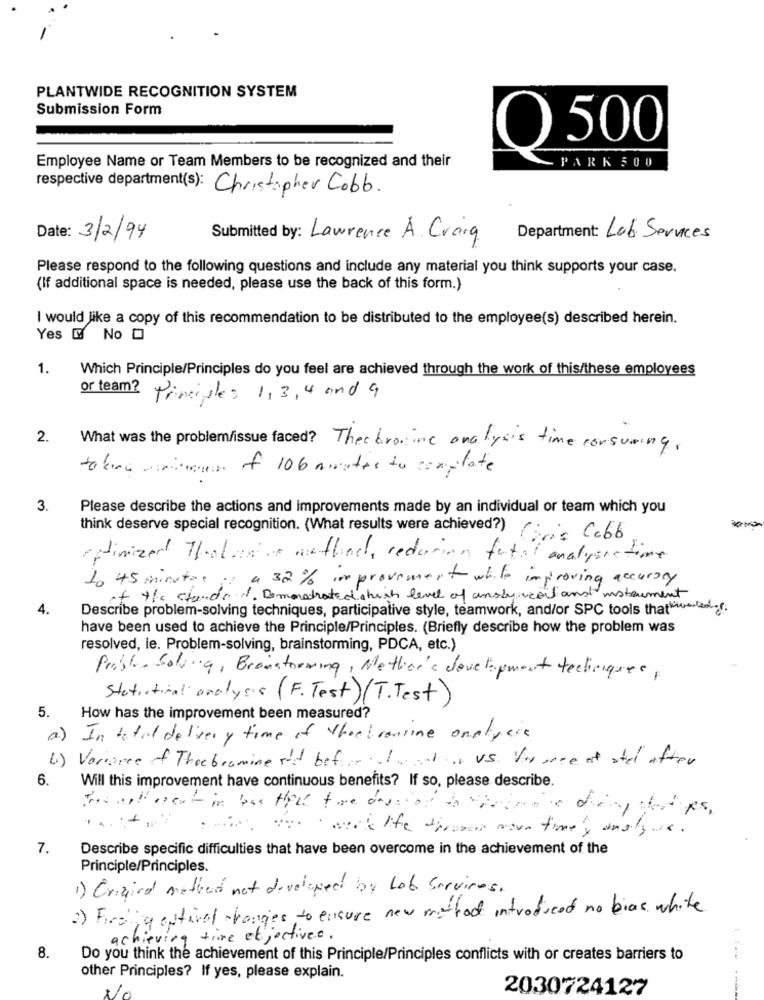
PLANTWIDE RECOGNITION SYSTEM
Submission Form
Q500
PARK 500
Employee Name or Team Members to be recognized and their
respective department(s): Christopher Cobb.
Date: 3/2/94
Submitted by: Lawrence A. Craig
Department: Lob Services
Please respond to the following questions and include any material you think supports your case.
(If additional space is needed, please use the back of this form.)
I would like a copy of this recommendation to be distributed to the employee(s) described herein.
Yes No O
1.
Which Principle/Principles do you feel are achieved through the work of this/these employees
or team?
Principles 1,3,4 and 9
2.
What was the problem/issue faced? Theobromine analysis time consuming.
to kina minimum of 106 minutes to complete
3.
Please describe the actions and improvements made by an individual or team which you
think deserve special recognition. (What results were achieved?) Cobb
retinizer Tholive method, reduction fatal analyseations
to 45 minutos ;
a 32% improvement white improving accuracy
of the stands 1. Demonstrated shish level of ansby call and instrument
4.
Describe problem-solving techniques, participative style, teamwork, and/or SPC tools thati-las.(.
have been used to achieve the Principle/Principles. (Briefly describe how the problem was
resolved, le. Problem-solving, brainstorming, PDCA, etc.)
Problem Solving, Brainstorming, Methion's development techniques,
Statistical analysis (F. Test) (T. Test)
5. How has the improvement been measured?
a) In total delivery time of theobromine analysis
6) Variance of Theobromine sie before alan US Was once at stel after
6.
Will this improvement have continuous benefits? If so, please describe.
...:-
work life dhrone more time y unaljus.
7.
Describe specific difficulties that have been overcome in the achievement of the
Principle/Principles.
1) Original methed not developed by Lob Services.
2) Finding estival changes to esicure new method introduced no bias white
achieving time et jectives .
8.
Do you think the achievement of this Principle/Principles conflicts with or creates barriers to
other Principles? If yes, please explain.
2030724127
---